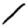
Digit: 1